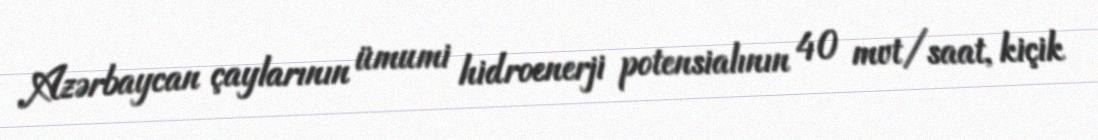
Azərbaycan çaylarının ümumi hidroenerji potensialının 40 mvt/saat, kiçik